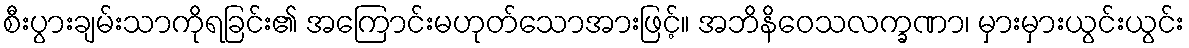
စီးပွားချမ်းသာကိုရခြင်း၏ အကြောင်းမဟုတ်သောအားဖြင့်။ အဘိနိဝေသလက္ခဏာ၊ မှားမှားယွင်းယွင်း